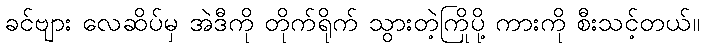
ခင်ဗျား လေဆိပ်မှ အဲဒီကို တိုက်ရိုက် သွားတဲ့ကြိုပို့ ကားကို စီးသင့်တယ်။